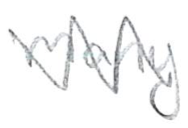
Text: many
Cross-out: zig-zag
Writing tool: pencil